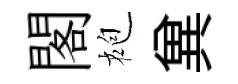
閣袍兾